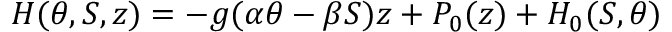
{ \cal H } ( \theta , S , z ) = - g ( \alpha \theta - \beta S ) z + P _ { 0 } ( z ) + { \cal H } _ { 0 } ( S , \theta )